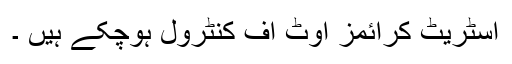
اسٹریٹ کرائمز آوٹ آف کنٹرول ہوچکے ہیں ۔